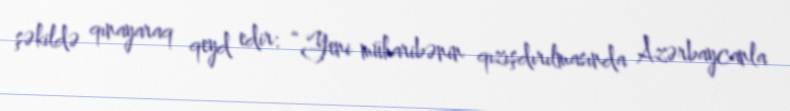
şəkildə qınayaraq qeyd edir: “Yeni müharibənin qızışdırılmasında Azərbaycanla